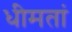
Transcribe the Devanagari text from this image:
धीमतां